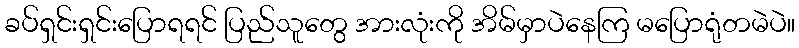
ခပ်ရှင်းရှင်းပြောရရင် ပြည်သူတွေ အားလုံးကို အိမ်မှာပဲနေကြ မပြောရုံတမဲပဲ။